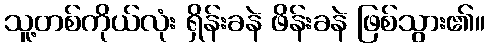
သူ့တစ်ကိုယ်လုံး ရှိန်းခနဲ ဖိန်းခနဲ ဖြစ်သွား၏။